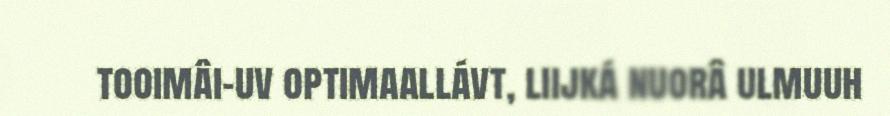
tooimâi-uv optimaallávt, liijká nuorâ ulmuuh